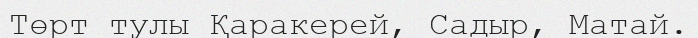
Төрт тулы Қаракерей, Садыр, Матай.